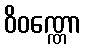
ဝိဝဏ္ဏော